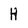
Character: H